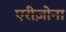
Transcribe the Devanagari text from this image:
एरीज़ोना